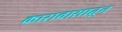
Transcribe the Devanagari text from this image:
कारावासातून